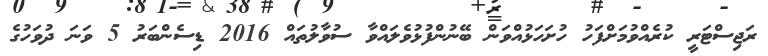
ރަޖިސްޓަރީ ކުރެއްވުމަށްފަހު ހުށަހަޅުއްވަން ބޭނުންފުޅުވެލައްވާ ސުވާލުތައް 2016 ޑިސެންބަރު 5 ވަނަ ދުވަހުގެ